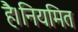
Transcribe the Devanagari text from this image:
है।नियमित